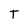
Character: T